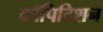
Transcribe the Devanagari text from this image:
कॉपिटिशन